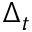
\Delta _ { t }